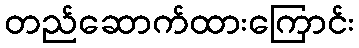
တည်ဆောက်ထားကြောင်း